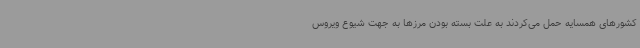
کشورهای همسایه حمل می‌کردند به علت بسته بودن مرزها به جهت شیوع ویروس